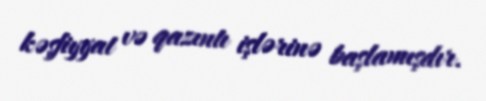
kəşfiyyat və qazıntı işlərinə başlamışdır.